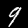
Label: 9